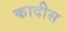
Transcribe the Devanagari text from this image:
कादीस